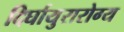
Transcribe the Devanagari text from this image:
दिर्घायुरारोग्य